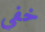
خفي